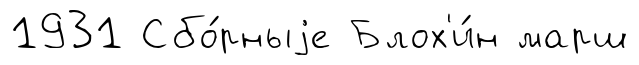
1931 Сбо́рныjе Блох'и́н марш